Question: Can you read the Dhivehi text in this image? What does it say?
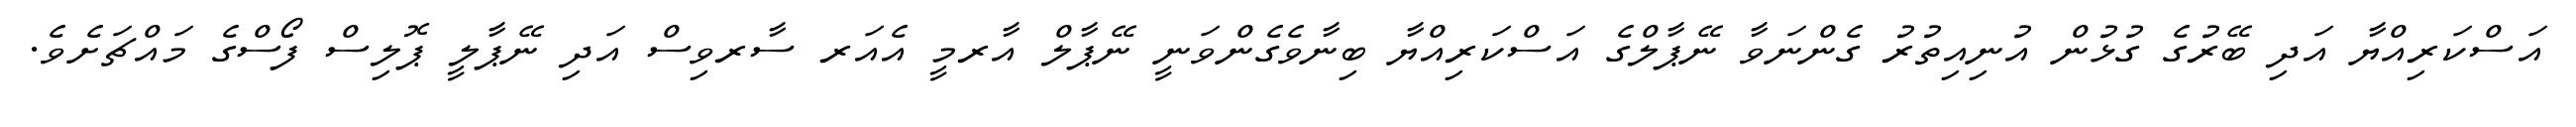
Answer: އަސްކަރިއްޔާ އަދި ބޭރުގެ ގުޅުން އުނިއިތުރު ގެންނަވާ ނޭޕާލްގެ އަސްކަރިއްޔާ ބިނާވެގެންވަނީ ނޭޕާލް އާރމީ އެއަރ ސާރވިސް އަދި ނޭޕާލީ ޕޮލިސް ފޯސްގެ މައްޗަށެވެ.